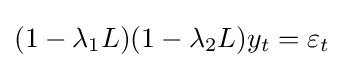
(1-\lambda _{1}L)(1-\lambda _{2}L)y_{t}=\varepsilon _{t}